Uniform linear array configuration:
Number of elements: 16
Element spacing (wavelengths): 0.5
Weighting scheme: blackman
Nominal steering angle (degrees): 15
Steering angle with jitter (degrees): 14.437
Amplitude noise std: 0.05
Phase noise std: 0.05

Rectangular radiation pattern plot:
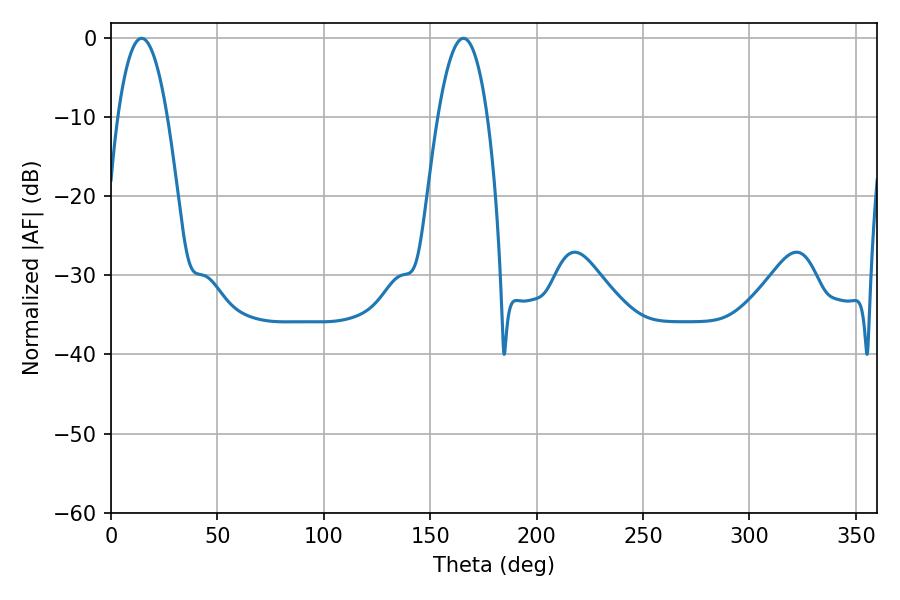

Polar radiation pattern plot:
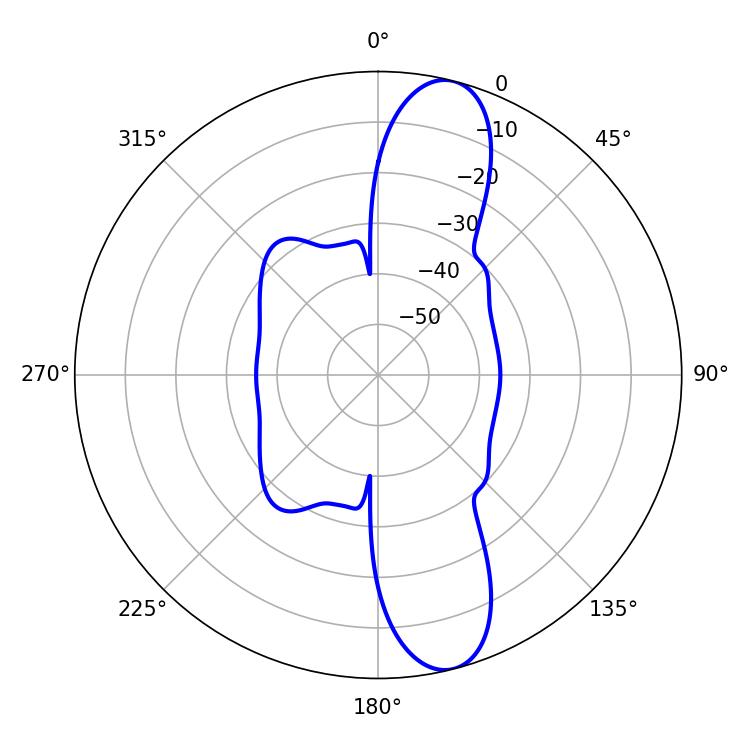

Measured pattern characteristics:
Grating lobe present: FALSE
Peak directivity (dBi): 12.202
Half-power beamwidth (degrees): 12.78
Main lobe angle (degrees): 14.4